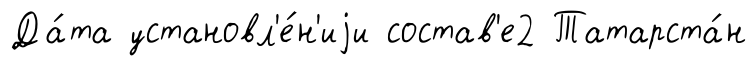
Да́та установл'е́н'иjи состав'е2 Татарста́н